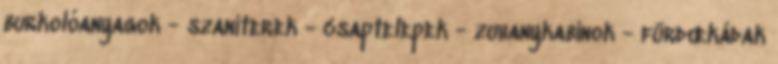
burkolóanyagok - szaniterek - csaptelepek - zuhanykabinok - fürdœkádak